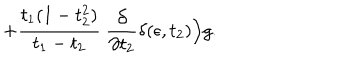
+ { \frac { t _ { 1 } ( 1 - t _ { 2 } ^ { 2 } ) } { t _ { 1 } - t _ { 2 } } } ~ { \frac { \partial } { \partial t _ { 2 } } } \delta ( \epsilon , t _ { 2 } ) \Big ) g .